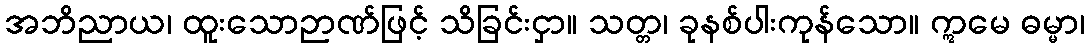
အဘိညာယ၊ ထူးသောဉာဏ်ဖြင့် သိခြင်းငှာ။ သတ္တ၊ ခုနစ်ပါးကုန်သော။ ဣမေ ဓမ္မာ၊